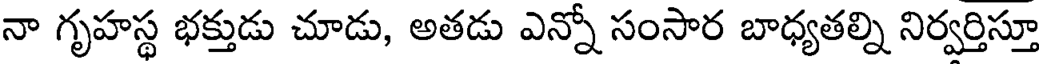
నా గృహస్థ భక్తుడు చూడు, అతడు ఎన్నో సంసార బాధ్యతల్ని నిర్వర్తిస్తూ